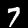
Label: 7